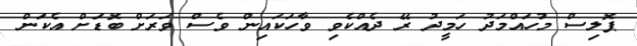
ޕޮލިސް މުހައްމަދު ހަމީދު ރޭ ދެއްކެވި ވާހަކައިން ވެސް ވަރަށް ބޮޑަށް އެކަން